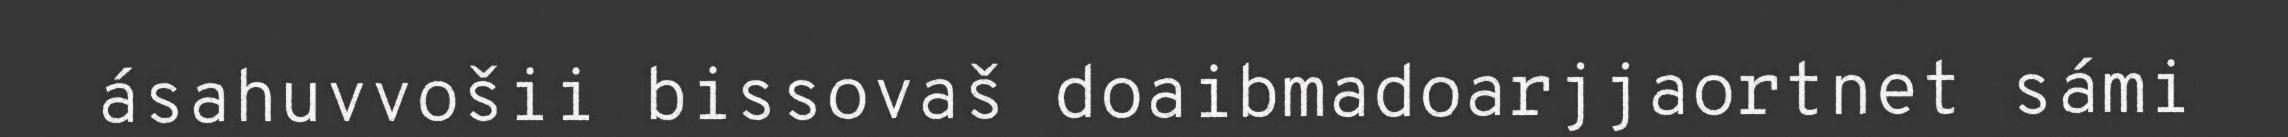
ásahuvvošii bissovaš doaibmadoarjjaortnet sámi